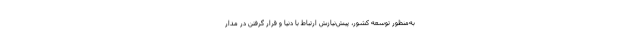
به‌منظور توسعه کشور، پیش‌نیازش ارتباط با دنیا و قرار گرفتن در مدار